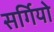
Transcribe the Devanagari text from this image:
सर्गियो